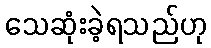
သေဆုံးခဲ့ရသည်ဟု